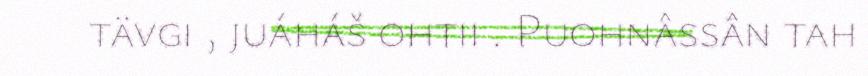
tävgi , juáháš ohtii . Puohnâssân tah